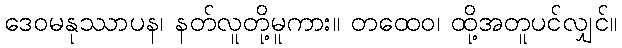
ဒေဝမနုဿာပန၊ နတ်လူတို့မူကား။ တထေဝ၊ ထို့အတူပင်လျှင်။